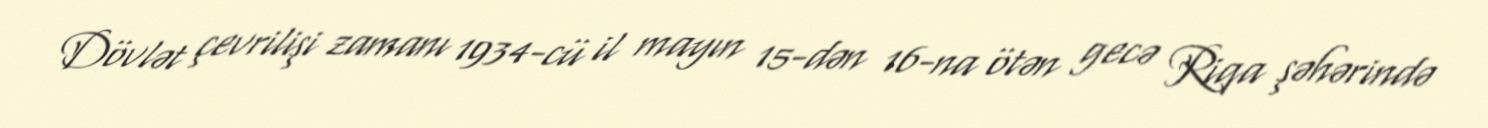
Dövlət çevrilişi zamanı 1934-cü il mayın 15-dən 16-na ötən gecə Riqa şəhərində